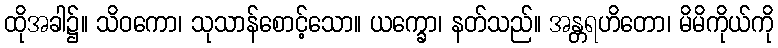
ထိုအခါ၌။ သိဝကော၊ သုသာန်စောင့်သော။ ယက္ခော၊ နတ်သည်။ အန္တရဟိတော၊ မိမိကိုယ်ကို